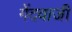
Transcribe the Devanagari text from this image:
गेंदवाजी